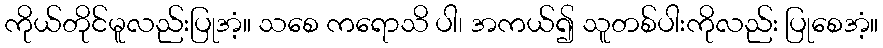
ကိုယ်တိုင်မူလည်းပြုအံ့။ သစေ ကရောသိ ပါ၊ အကယ်၍ သူတစ်ပါးကိုလည်း ပြုစေအံ့။